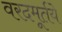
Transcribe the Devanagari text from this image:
वरदमूर्तये